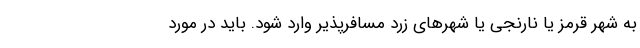
به شهر قرمز یا نارنجی یا شهرهای زرد مسافرپذیر وارد شود. باید در مورد